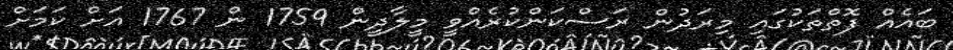
ބައެއް ފޮތްތަކުގައި މިރަދުން ރަސްކަންކުރެއްވީ މީލާދީން 1759 ން 1767 އަށް ކަމަށް